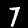
Digit: 7